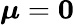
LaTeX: \boldsymbol{\mu}=\mathbf{0}